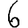
Digit: 6